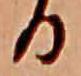
る